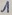
Text: 1